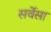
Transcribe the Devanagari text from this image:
सर्वेसा